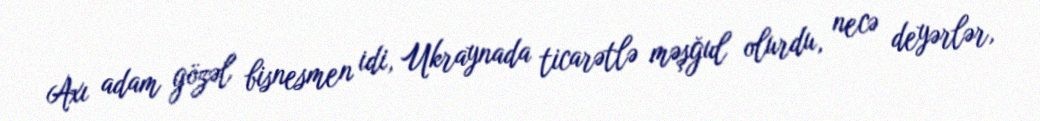
Axı adam gözəl bisnesmen idi, Ukraynada ticarətlə məşğul olurdu, necə deyərlər,